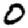
Digit: 0